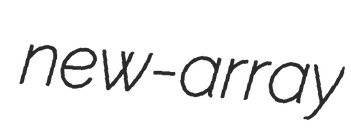
new-array